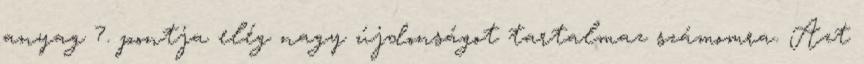
anyag 7. pontja elég nagy újdonságot tartalmaz számomra. Azt